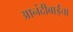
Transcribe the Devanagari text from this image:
आनंदीबाईंचा